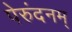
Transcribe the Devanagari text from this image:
पेरुंदनम्